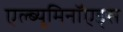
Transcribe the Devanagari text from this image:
एल्ब्यूमिनॉएड्स